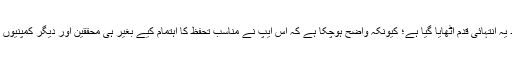
ہماری جانب سے مذکورہ ایپ کا آڈٹ کرانے کی درخواست پر کوئی عملدرآمد نہیں کیا گیا جس کے بعد یہ انتہائی قدم اٹھایا گیا ہے؛ کیونکہ واضح ہوچکا ہے کہ اس ایپ نے مناسب تحفظ کا اہتمام کیے بغیر ہی محققین اور دیگر کمپنیوں کو فیس بک صارفین کا ذاتی ڈیٹا فراہم کیا ہے، جس کی فیس بک نے سختی سے ممانعت کررکھی ہے۔